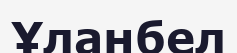
Ұланбел